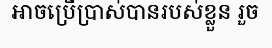
អាចប្រើប្រាស់បានរបស់ខ្លួន រួច